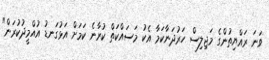
ވަނަ ރައްޔިތުންގެ މަޖިލިސް ހަރުދަނާކަމާ އެކު މަސައްކަތް ކުރާނެ ކަމަށް އަޅުގަނޑު އުއްމީދުކުރަން"